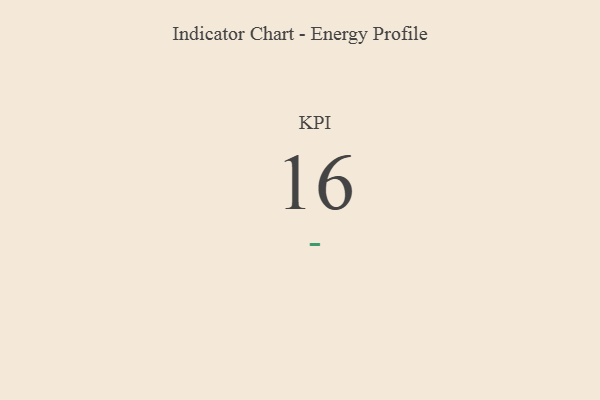
{"axis": {"x": "KPI", "y": "Value"}, "legend": [""], "data": [{"x": "KPI", "y": 16, "type": ""}]}